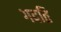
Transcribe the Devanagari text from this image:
गदति